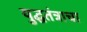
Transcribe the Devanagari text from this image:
युद्घतंत्राचा